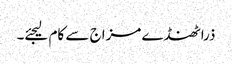
ذرا ٹھنڈے مزاج سے کام لیجئے۔